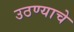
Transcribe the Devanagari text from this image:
उठण्याचे